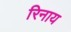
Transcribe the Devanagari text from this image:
रिनाय